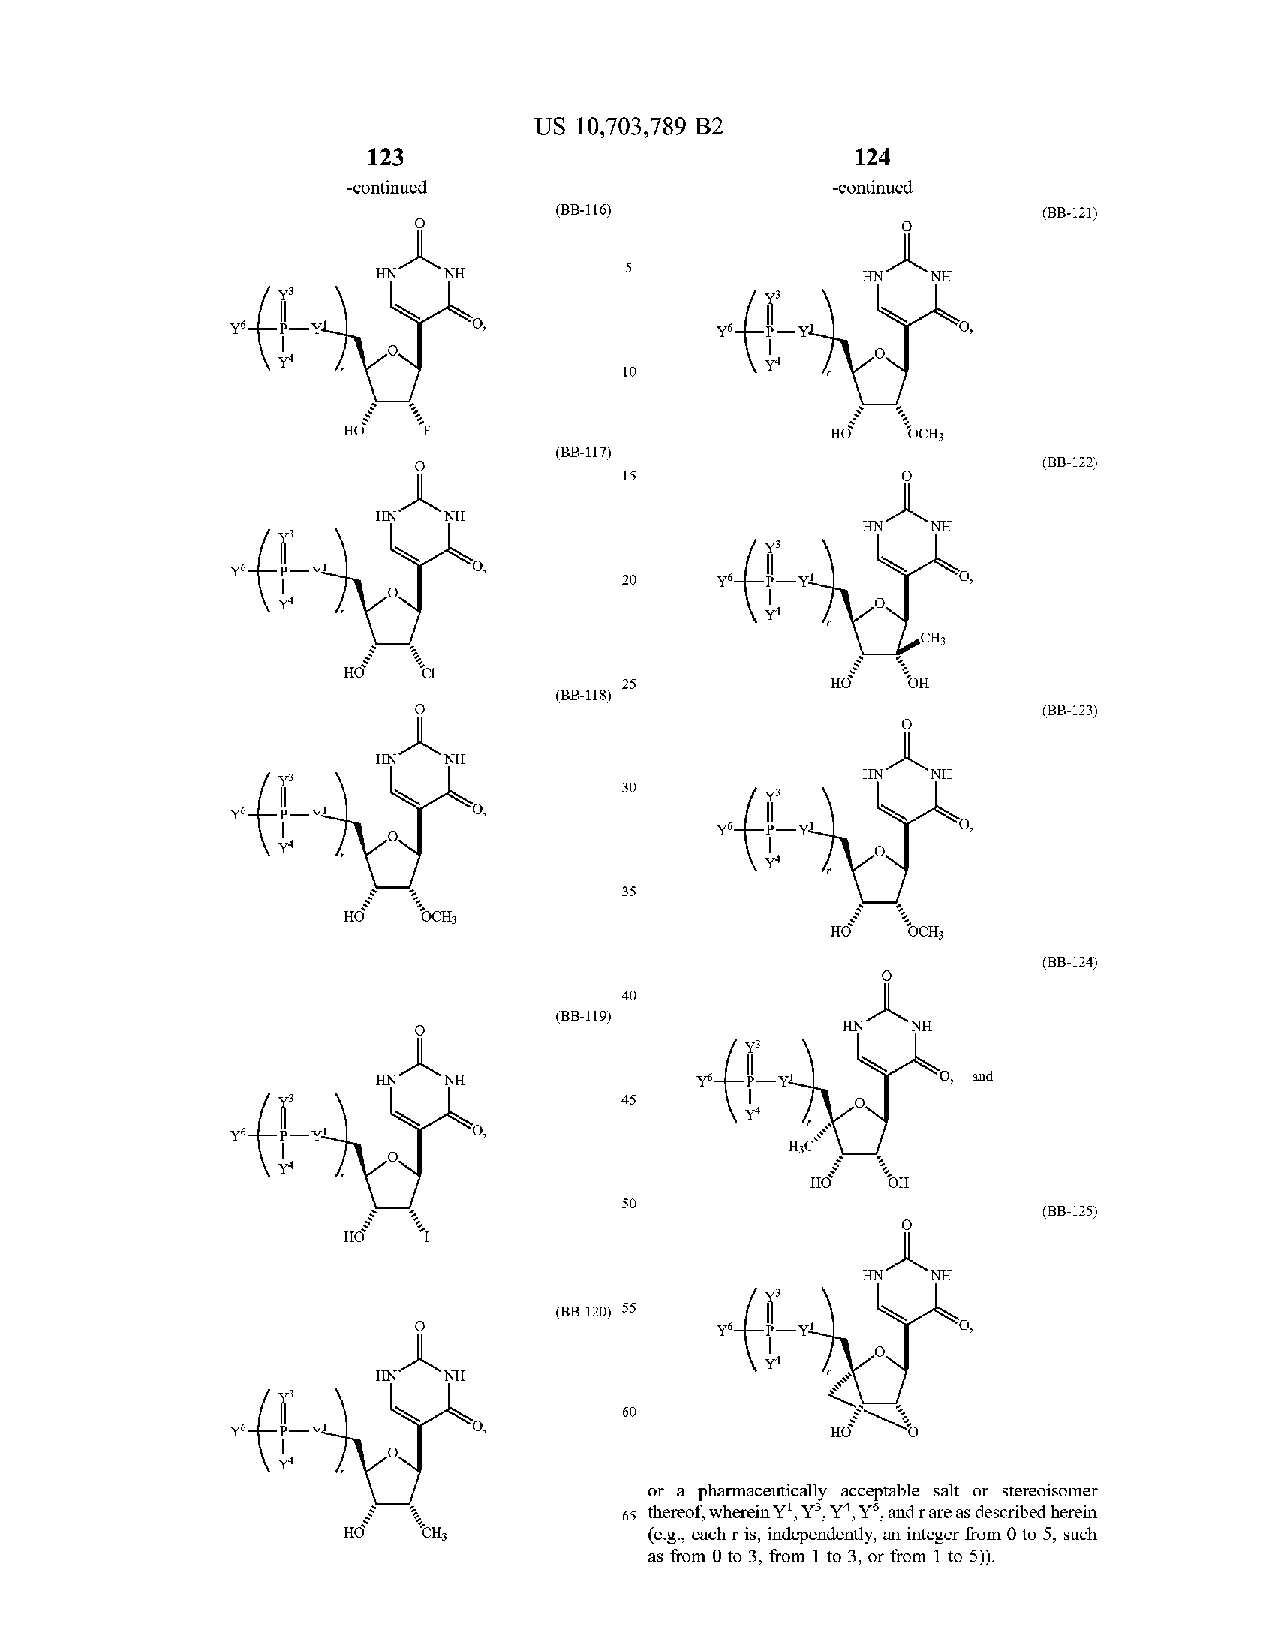
US 10,703,789 B2
 123                             124
 -continued                      -continued
 (B B - 116 )                    (B B - 121)
 f       HN  NH           5      f       HN   NH
 yo.  - Yl                        y6
 Y4                              Y4
 10
 HO                              HO   OCH3
 (B B - 117 )
 ( BB - 122)
 15
 -         HN  NH
 HN   NH
 YL
 20     YO.  YL
 Y4                              -
 Y4
 CH3
 25                 OH
 ( BB - 118 )
 (B B - 123 )
 HN  NH
 HN   NH
 30
 73
 ?? . -YI
 YO   Y1         0 ,
 Y4
 Y4
 35
 HO   OCH
 HO   OCH3
 ( BB - 124 )
 40
 ( BB - 119 )
 HN  NH
 HN  NH               yo    YL        O , and
 45
 Y4
 yo.   YL        0 ,                  H?c
 Y4
 HOY
 50                          ( BB - 125 )
 -         HN   NH
 (B B -1 20 ) 55
 Y4
 HN  NH
 60
 Y6    Yl                                ??
 Y4
 a pharmaceutically acceptable salt or stereoisomer
 or
 65 thereof, wherein Y !, Y ) , Y4 , Y?, and r are as described herein
 CH3            ( e.g. , each r is , independently , an integer from 0 to 5 , such
 as from 0 to 3 , from 1 to 3 , or from 1 to 5 ) ) .